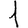
Digit: 1